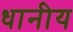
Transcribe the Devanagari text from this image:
धानीय